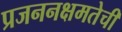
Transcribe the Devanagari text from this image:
प्रजननक्षमतेची